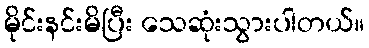
မိုင်းနင်းမိပြီး သေဆုံးသွားပါတယ်။